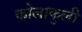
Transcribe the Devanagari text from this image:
कोलाकुली